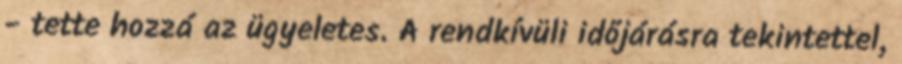
- tette hozzá az ügyeletes. A rendkívüli időjárásra tekintettel,